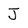
Character: J